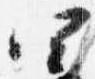
四